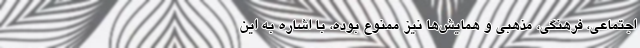
اجتماعی، فرهنگی، مذهبی و همایش‌ها نیز ممنوع بوده، با اشاره به این